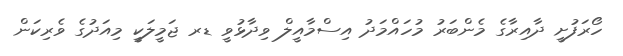
ހޯރަފުށީ ދާއިރާގެ މެންބަރު މުހައްމަދު އިސްމާއީލް ވިދާޅުވީ ޑރ ޖަމީލަކީ މިއަދުގެ ވެރިކަން